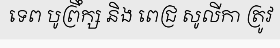
ទេព បូព្រឹក្ស និង ពេជ្រ សូលីកា ត្រូវ